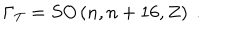
\Gamma _ { T } = S O \left( n , n + 1 6 , Z \right) \ .